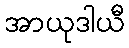
အာယုဒါယီ